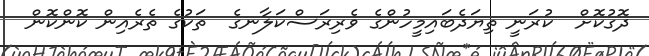
ދޮގުކޮށް  ކުރަނީ ތިޔަދެބައިމީހުންގެ ވެރިރަސްކަލާނގެ  ތަކުގެ ތެރެއިން ކޮންކޮން